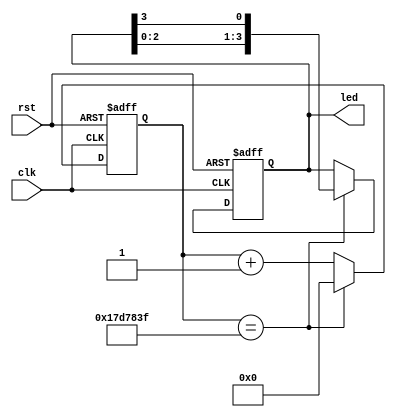
module led_flash(clk,rst,led);
	input clk,rst;
	output [3:0]led;
	reg [3:0]led;
	reg [24:0]count;
	parameter cnt_max=25'd24_999_999;
	always @(posedge clk or negedge rst)
			if(!rst)
				count <= 25'd0;
			else if(count == cnt_max)
				count <= 25'd0;
			else
				count <= count+1'b1;
				
	always @(posedge clk or negedge rst)
			if(!rst)
				led <= 4'b1110;
			else if(count == cnt_max)
			//2499
				led <= {led[2:0],led[3]};
				//led <= led>>1;
				//led <= led<<1;
			else	
				led <= led;//
endmodule

`timescale 1ns/1ns//20ns
`define clocl_period 20//
module led_flash_tb;
	reg clk,rst;
	wire [3:0] led;

		led_flash 
/*		#(
			.cnt_max(25'd249)
		)                     */
		U1(.clk(clk),.rst(rst),.led(led));
		initial 
			clk = 1;
		always
			#(`clocl_period/2) clk = ~clk;
			
		initial
		begin
			rst = 0;
			#(`clocl_period*20+1) rst = 1;	
			#(`clocl_period*25000000+1);
			$stop;
		end

endmodule